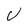
Character: V